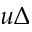
u \Delta